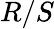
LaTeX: R/S